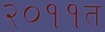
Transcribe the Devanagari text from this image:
२०११त